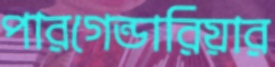
পারগেন্ডারিয়ার